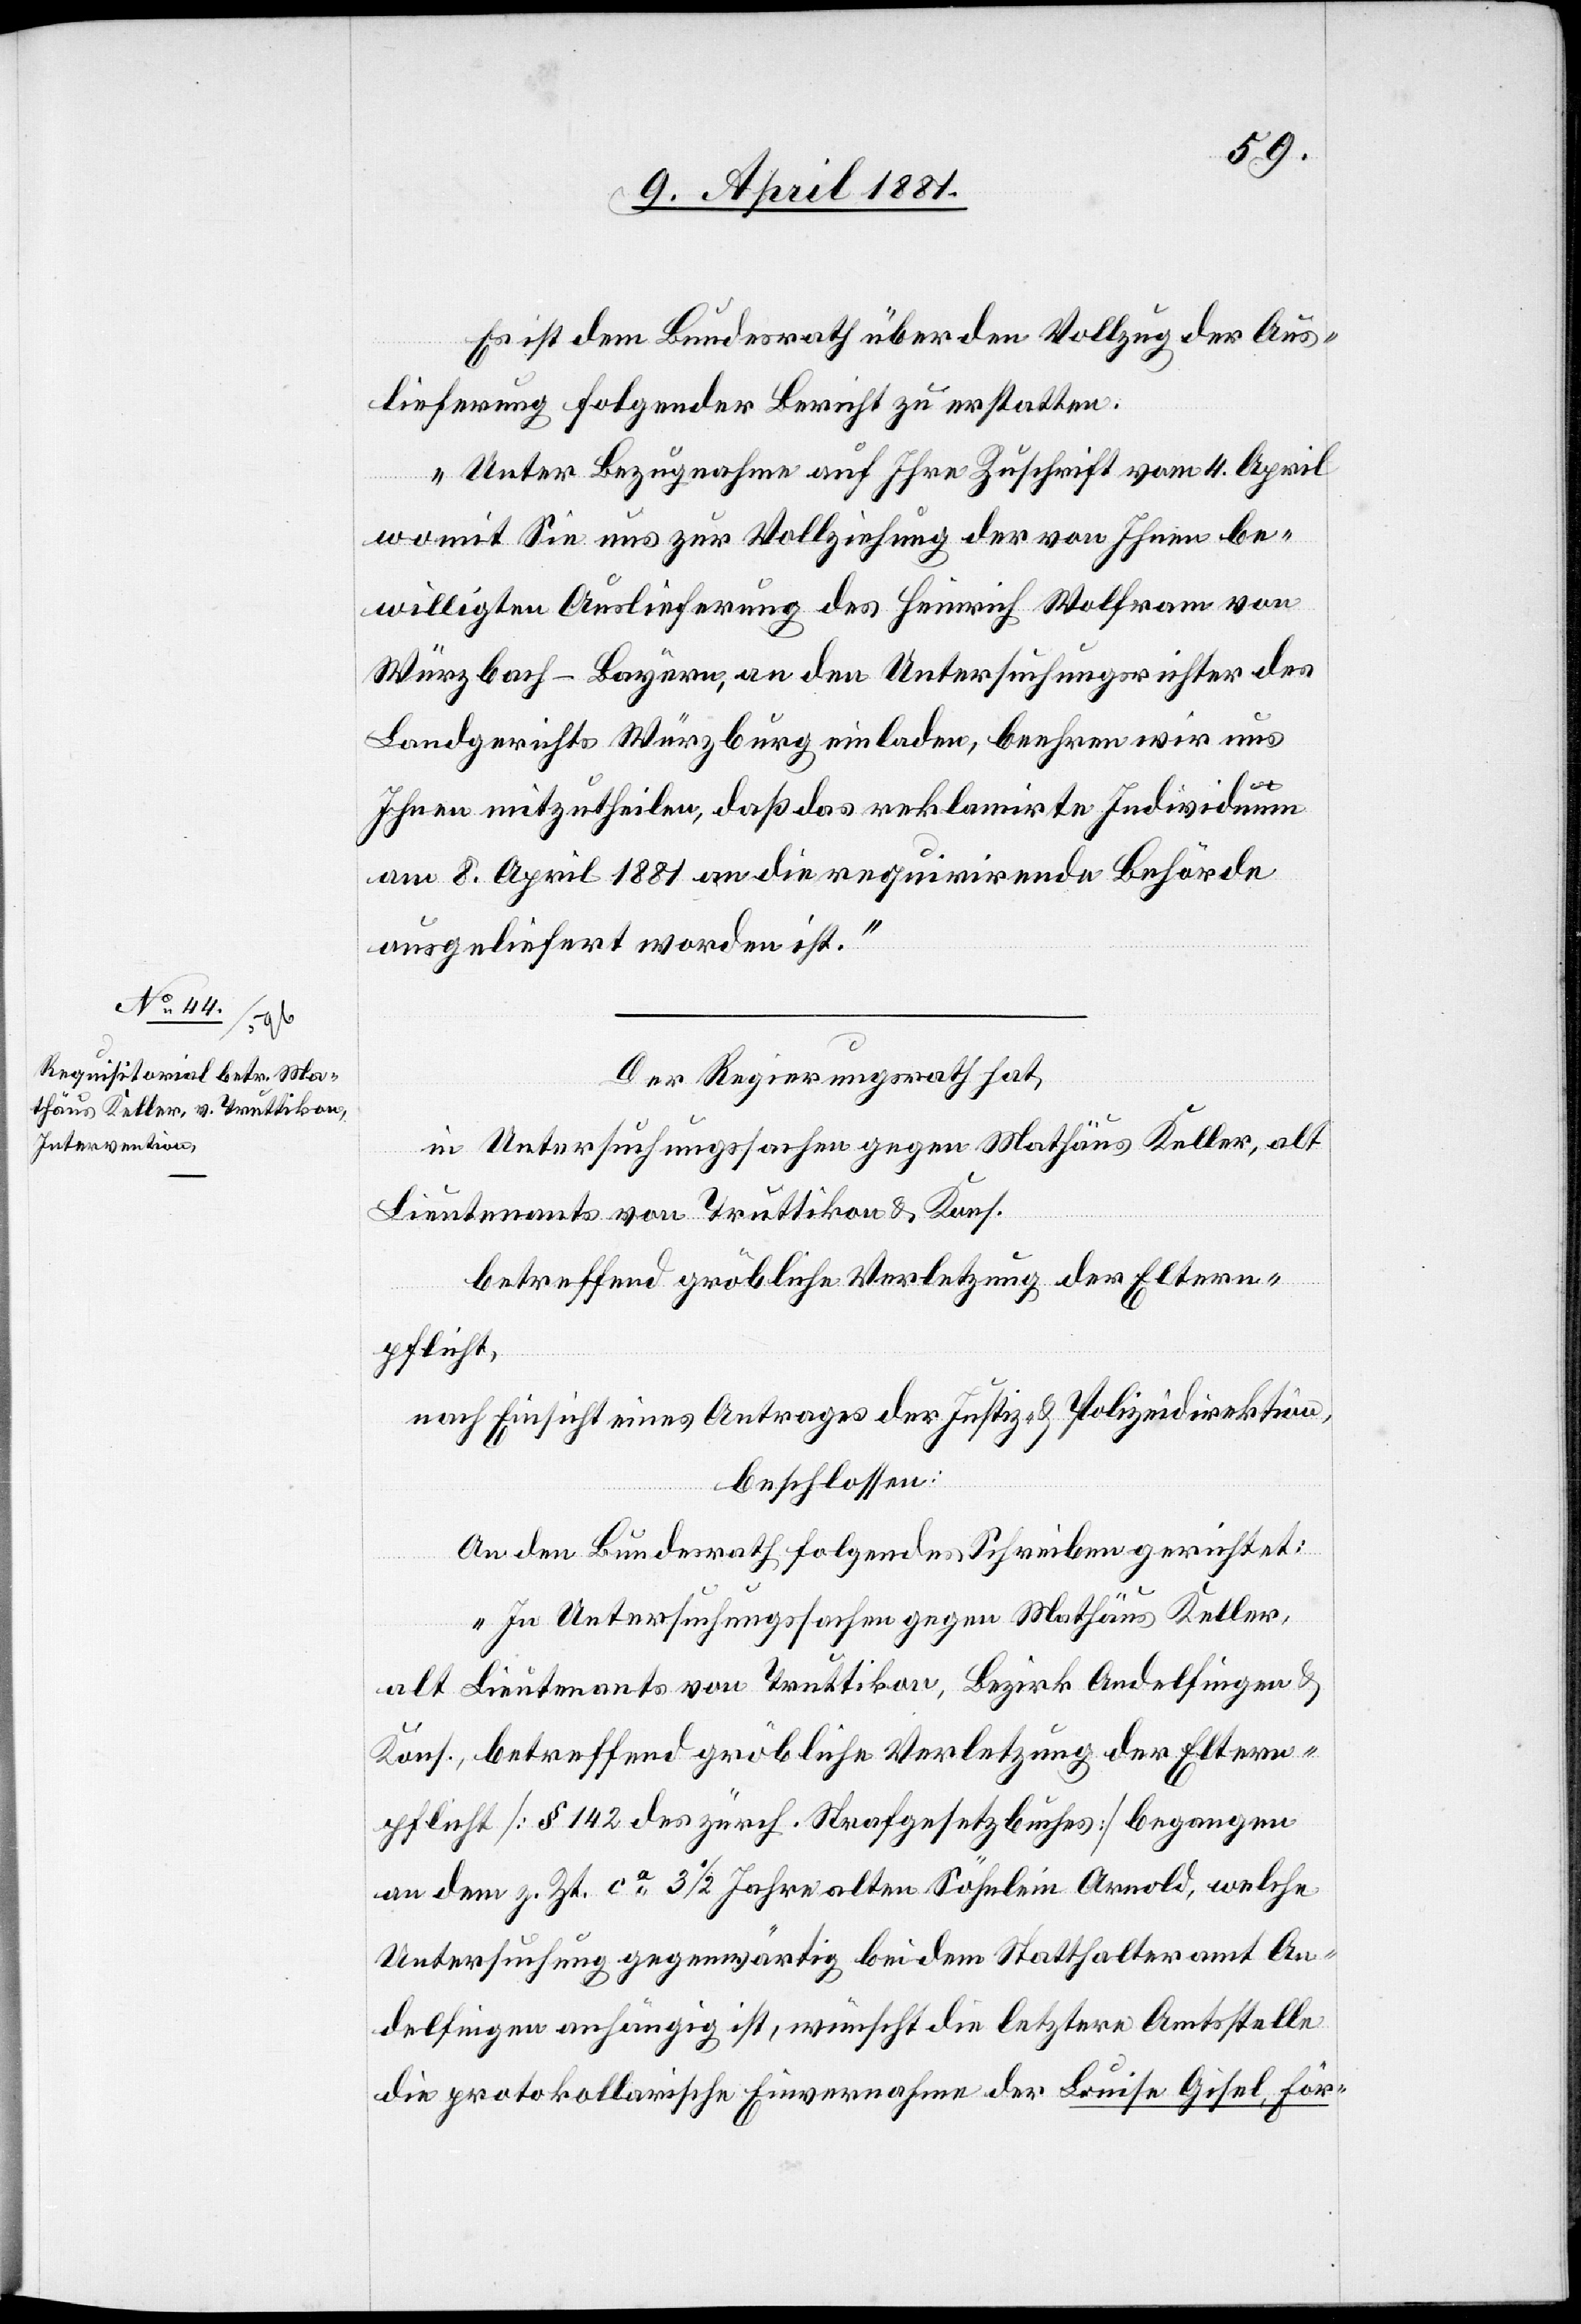
Es ist dem Bundesrath über den Vollzug der Aus¬
lieferung folgender Bericht zu erstatten:
„Unter Bezugnahme auf Ihre Zuschrift vom 4. April
womit Sie uns zur Vollziehung der von Ihnen be¬
willigten Auslieferung des Heinrich Wolfram von
Würzbach - Bayern, an den Untersuchungsrichter des
Landgerichts Würzburg einladen, beehren wir uns
Ihnen mitzutheilen, daß das reklamirte Individuum
am 8. April 1881 an die requirirende Behörde
ausgeliefert worden ist.“
Der Regierungsrath hat,
in Untersuchungssachen gegen Mathäus Keller, alt
Lieutenants von Truttikon & Kons.
betreffend gröbliche Verletzung der Eltern¬
pflicht,
nach Einsicht eines Antrages der Justiz- & Polizeidirektion,
beschlossen:
An den Bundesrath folgendes Schreiben gerichtet:
„In Untersuchungssachen gegen Mathäus Keller,
alt Lieutenants von Truttikon, Bezirk Andelfingen &
Kons., betreffend gröbliche Verletzung der Eltern¬
pflicht [§ 142 des zürch. Strafgesetzbuches] begangen
an den z. Zt. ca 3 1/2 Jahre alten Söhnlein Arnold, welche
Untersuchung gegenwärtig bei dem Statthalteramt An¬
delfingen anhängig ist, wünscht die letztere Amtsstelle
die protokollarische Einvernahme der Louise Gisel, För-